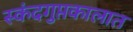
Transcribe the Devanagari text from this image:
स्कंदगुप्तकालात